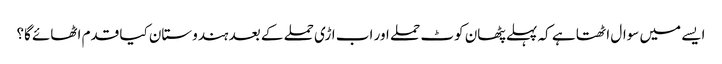
ایسے میں سوال اٹھتا ہے کہ پہلے پٹھان کوٹ حملے اور اب اڑی حملے کے بعد ہندوستان کیا قدم اٹھائے گا؟